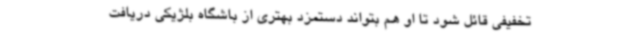
تخفیفی قائل شود تا او هم بتواند دستمزد بهتری از باشگاه بلژیکی دریافت